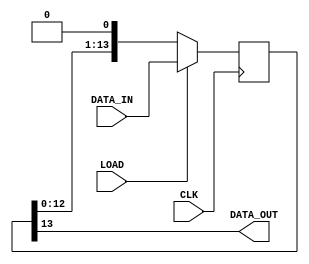
module adc_ser_model ( 
    input wire CLK, LOAD,
    input wire [13:0] DATA_IN,
    output wire DATA_OUT
);

reg [13:0] ser_reg;

always@(posedge CLK)
    if(LOAD)
        ser_reg <= DATA_IN;
    else
        ser_reg <= {ser_reg[12:0], 1'b0};
        
assign DATA_OUT = ser_reg[13];

endmodule